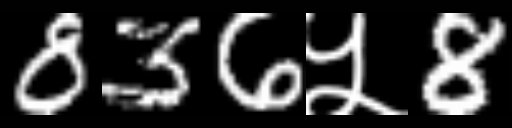
Text: 836५8